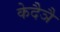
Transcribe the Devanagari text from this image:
केदैञै